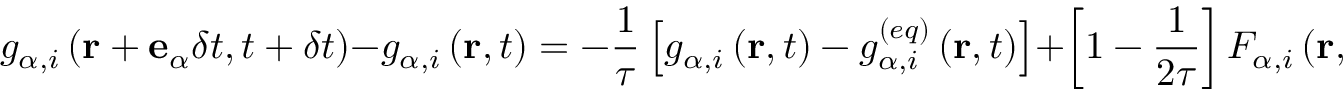
g _ { \alpha , i } \left( \mathbf { r } + \mathbf { e } _ { \alpha } \delta t , t + \delta t \right) - g _ { \alpha , i } \left( \mathbf { r } , t \right) = - \frac { 1 } { \tau } \left[ g _ { \alpha , i } \left( \mathbf { r } , t \right) - g _ { \alpha , i } ^ { ( e q ) } \left( \mathbf { r } , t \right) \right] + \left[ 1 - \frac { 1 } { 2 \tau } \right] F _ { \alpha , i } \left( \mathbf { r } , t \right) \delta t ,